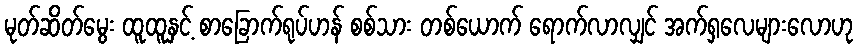
မုတ်ဆိတ်မွေး ထူထူနှင့် စာခြောက်ရုပ်ဟန် စစ်သား တစ်ယောက် ရောက်လာလျှင် အက်ရှလေများလောဟု